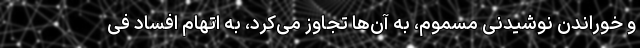
و خوراندن نوشیدنی مسموم، به آن‌ها تجاوز می‌کرد، به اتهام افساد فی